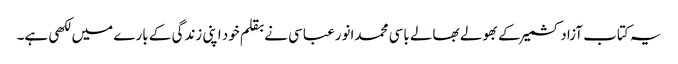
یہ کتاب آزادکشمیر کے بھولے بھالے باسی محمدانورعباسی نے بقلم خود اپنی زندگی کے بارے میں لکھی ہے۔